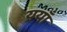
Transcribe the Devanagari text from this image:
ययाँ